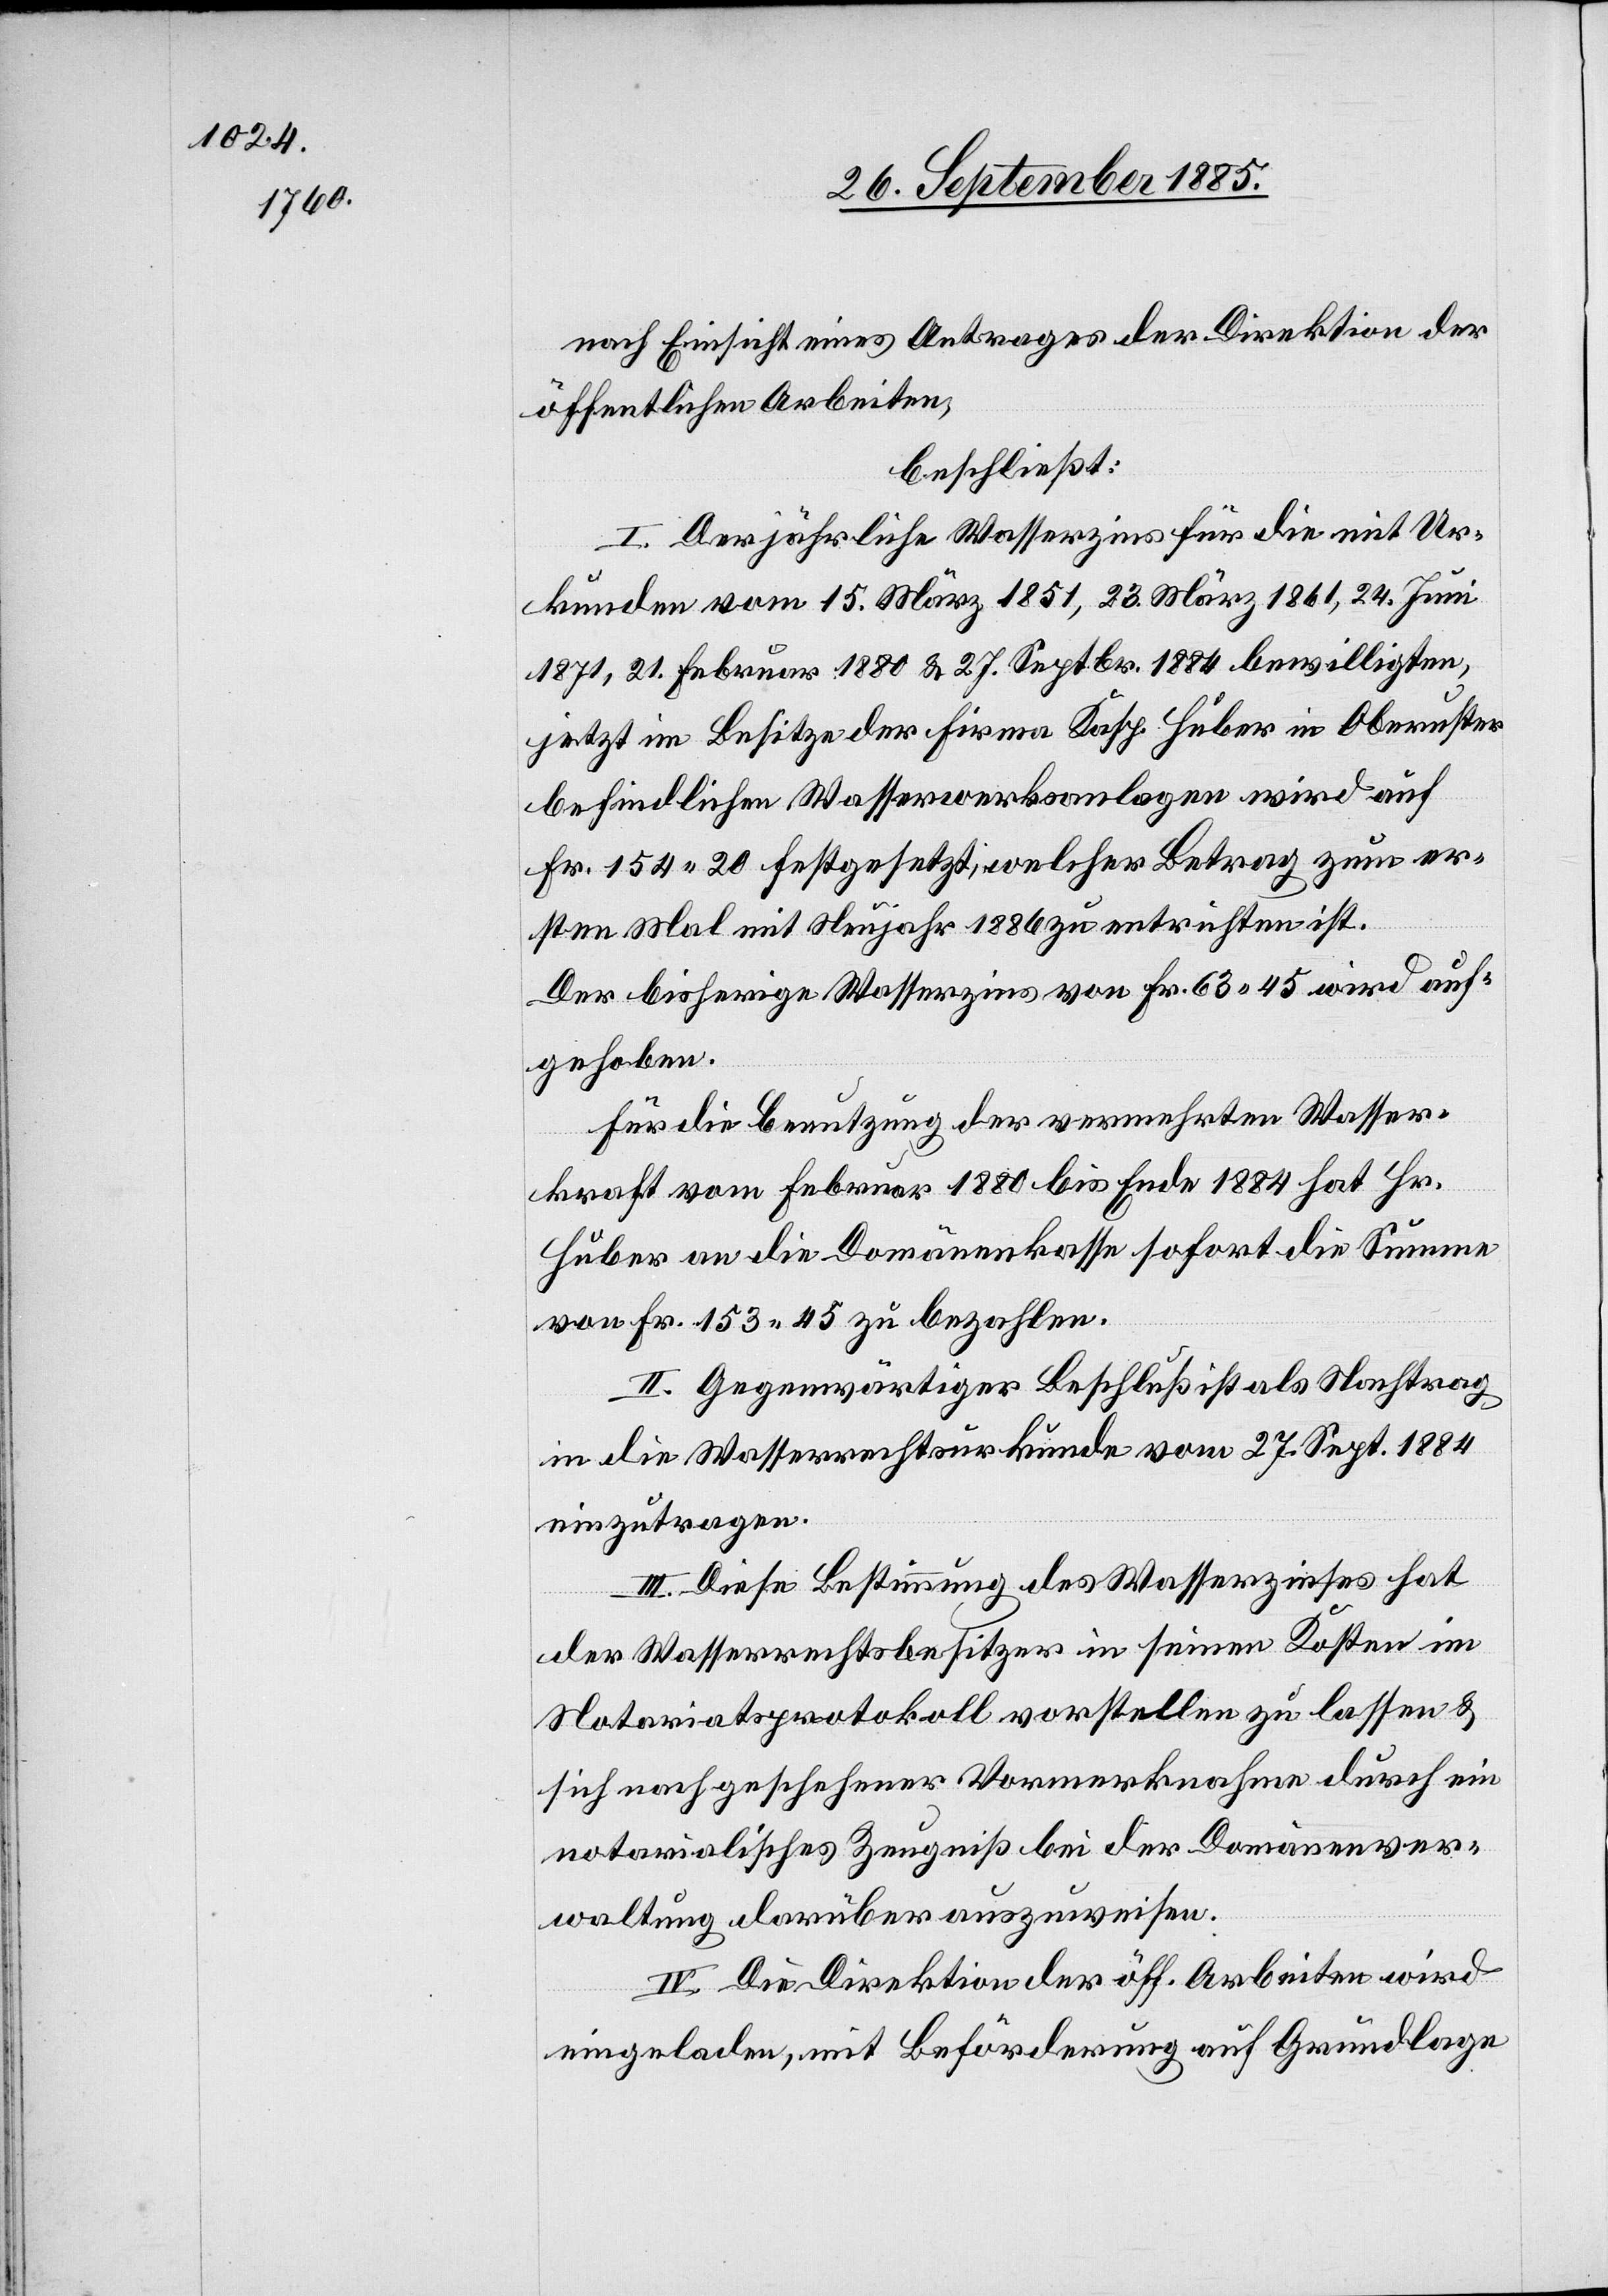
nach Einsicht eines Antrages der Direktion der
öffentlichen Arbeiten,
beschließt:
I. Der jährliche Wasserzins für die mit Ur¬
kunden vom 15. März 1851, 23. März 1861, 24. Juni
1871, 21. Februar 1880 & 27. Septbr. 1884 bewilligten,
jetzt im Besitze der Firma Kasp. Huber in Oberuster
befindlichen Wasserwerksanlagen wird auf
Fr. 154 20 festgesetzt, welcher Betrag zum er¬
sten Mal mit Neujahr 1886 zu entrichten ist.
Der bisherige Wasserzins von Fr. 63 45 wird auf¬
gehoben.
Für die Benutzung der vermehrten Wasser¬
kraft vom Februar 1880 bis Ende 1884 hat Hr.
Huber an die Domänekasse sofort die Summe
von Fr. 153 45 zu bezahlen.
II. Gegenwärtiger Beschluß ist als Nachtrag
in die Wasserrechtsurkunde vom 27. Sept. 1884
einzutragen.
III. Diese Bestimmung des Wasserzinses hat
der Wasserrechtsbesitzer in seinen Kosten im
Notariatsprotokoll vorstellen zu lassen &
sich nach geschehener Vormerknahme durch ein
notarialisches Zeugniß bei der Domänever¬
waltung darüber auszuweisen.
IV. Die Direktion der öff. Arbeiten wird
eingeladen, mit Beförderung auf Grundlage